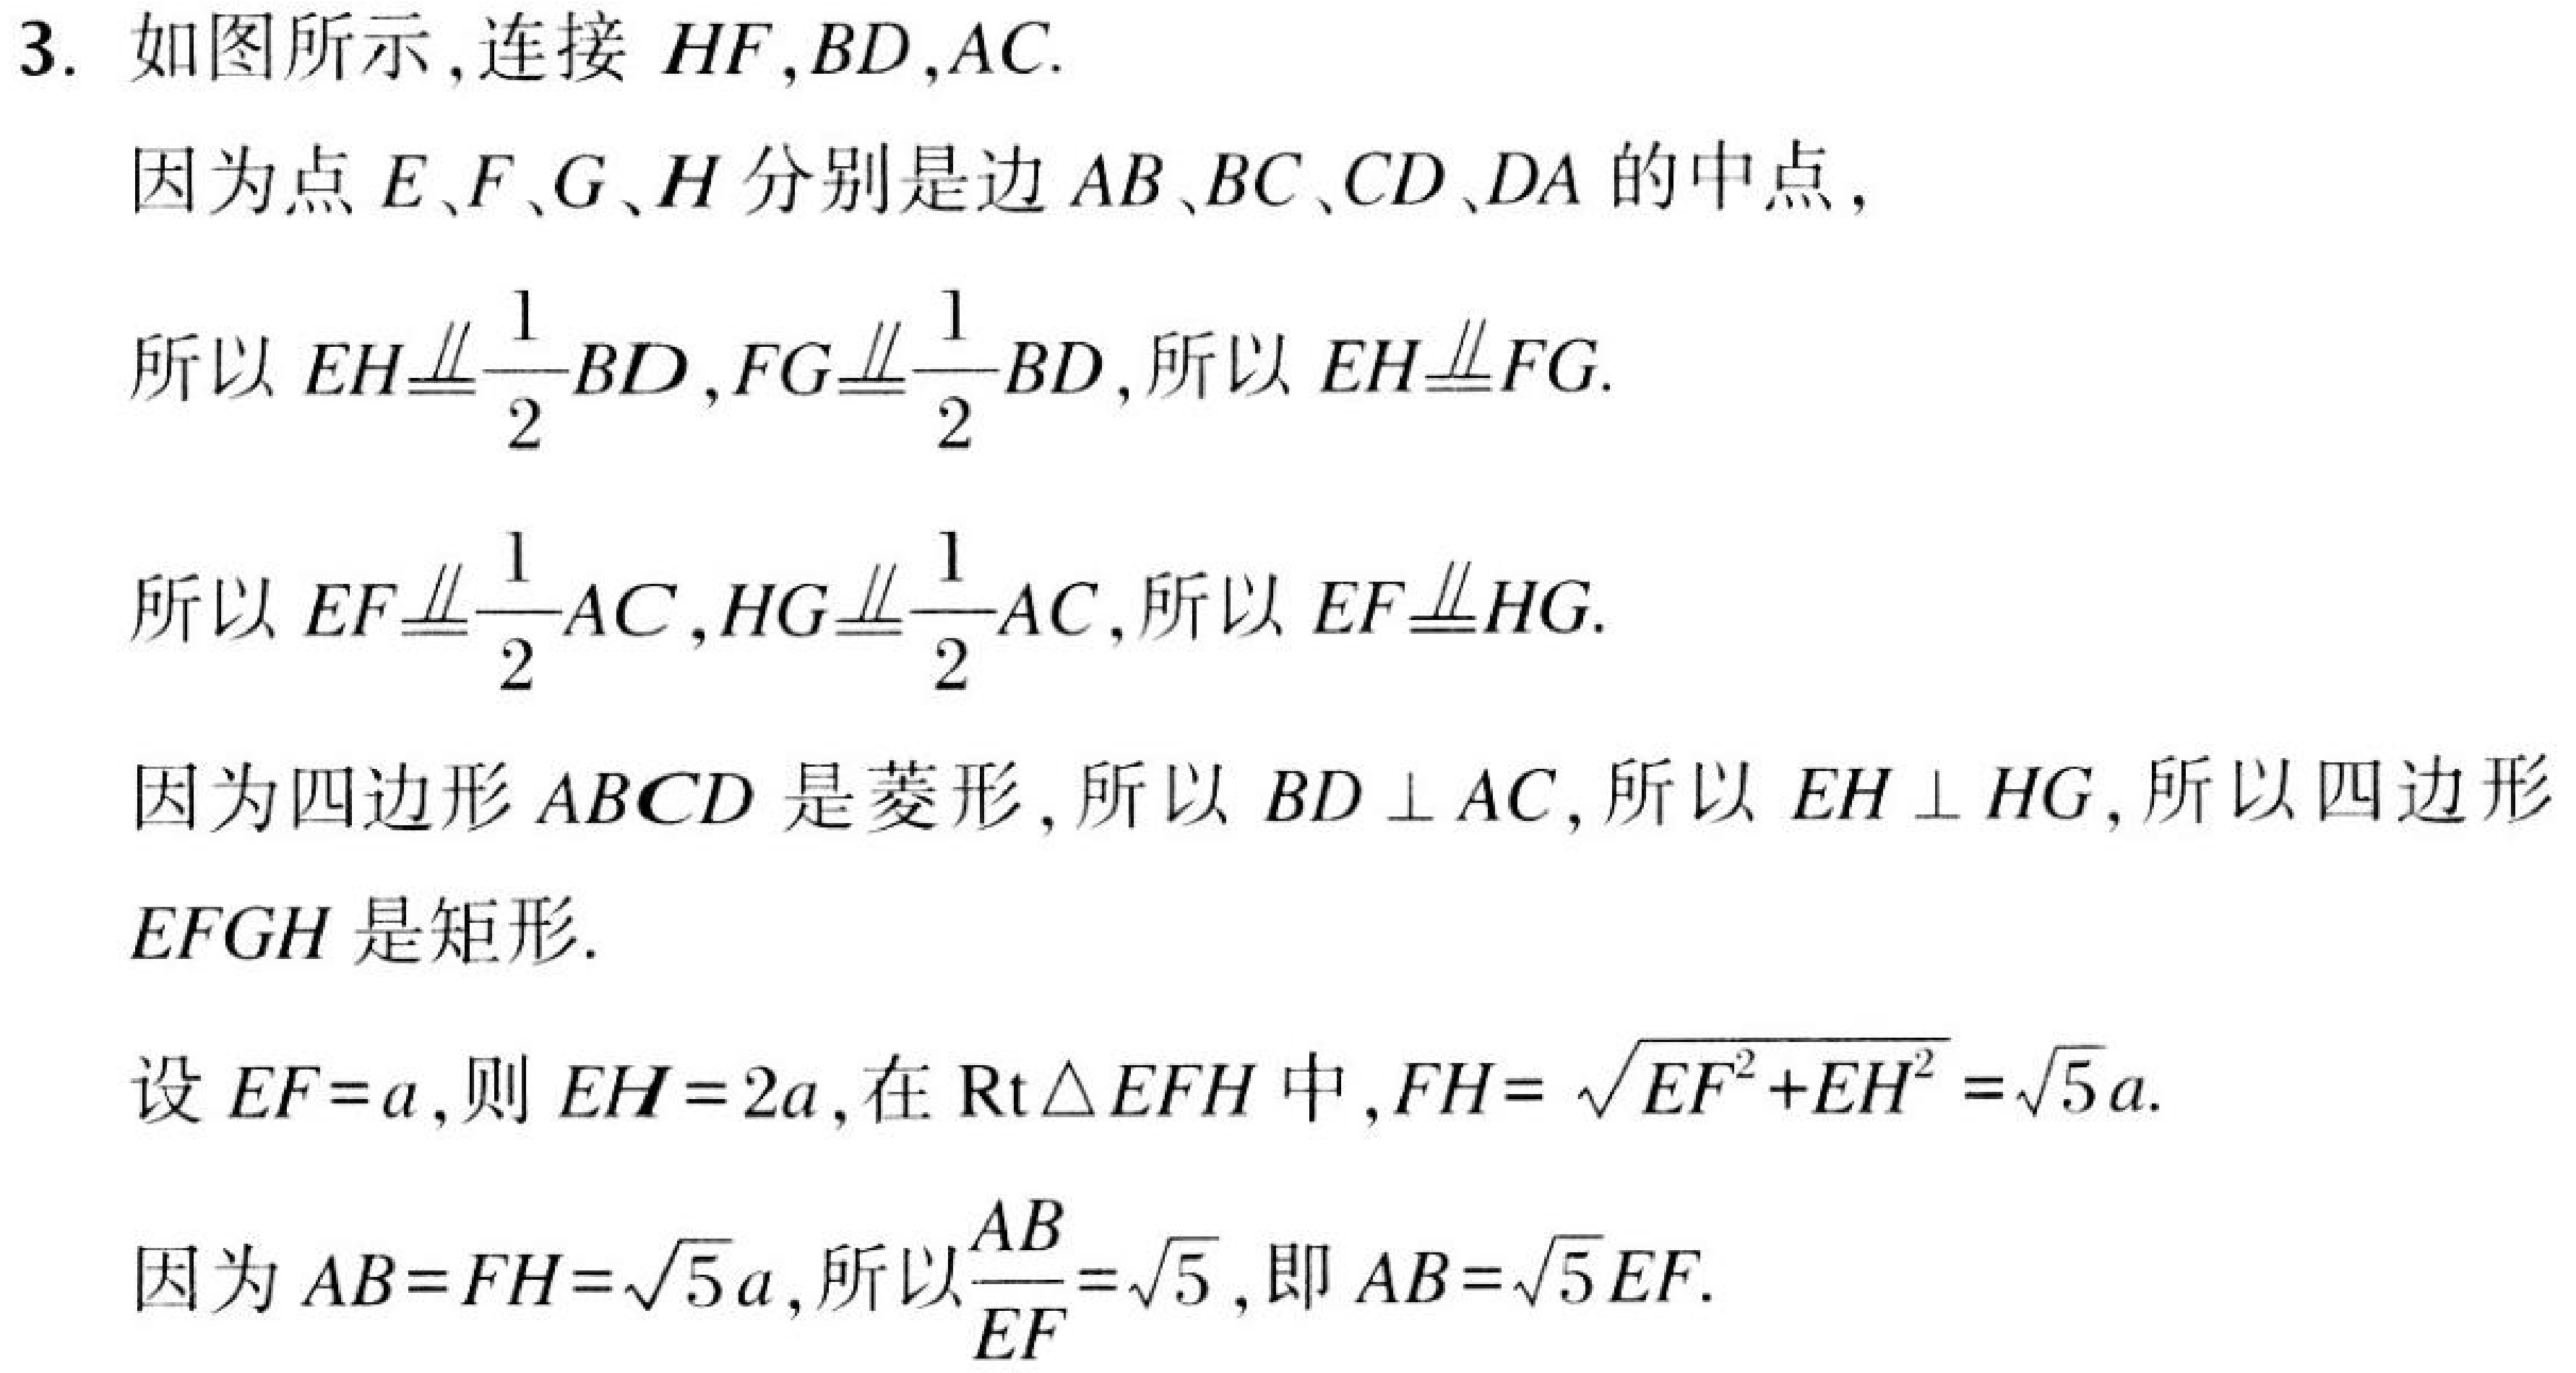
3. 如图所示,连接 \(HF,BD,AC\).
因为点 \(E、F、G、H\) 分别是边 \(AB、BC、CD、DA\) 的中点,
所以 \(EH\equalparallel\frac{1}{2}BD,FG\equalparallel\frac{1}{2}BD\),所以 \(EH\equalparallel FG\).
所以 \(EF\equalparallel\frac{1}{2}AC,HG\equalparallel\frac{1}{2}AC\),所以 \(EF\equalparallel HG\).
因为四边形 \(ABCD\) 是菱形, 所以 \(BD\perp AC\), 所以 \(EH\perp HG\), 所以四边形 \(EFGH\) 是矩形.
设 \(EF = a\),则 \(EH = 2a\), 在 \(\text{Rt}\triangle EFH\) 中,\(FH=\sqrt{EF^{2}+EH^{2}}=\sqrt{5}a\).
因为 \(AB = FH=\sqrt{5}a\),所以\(\frac{AB}{EF}=\sqrt{5}\), 即 \(AB=\sqrt{5}EF\).